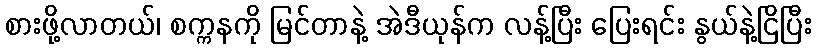
စားဖို့လာတယ်၊ စက္ကနကို မြင်တာနဲ့ အဲဒီယုန်က လန့်ပြီး ပြေးရင်း နွယ်နဲ့ငြိပြီး